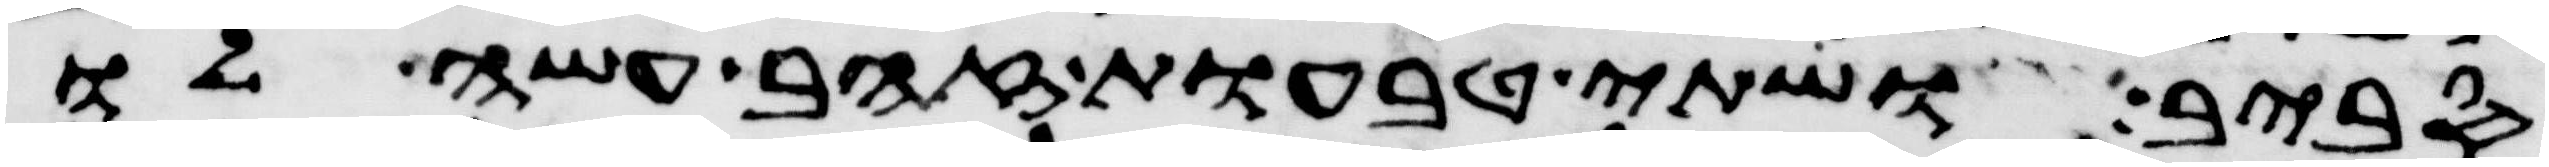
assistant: סביב ושתי טבעות זהב עשה לו